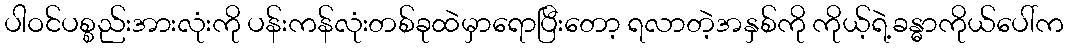
ပါဝင်ပစ္စည်းအားလုံးကို ပန်းကန်လုံးတစ်ခုထဲမှာရောပြီးတော့ ရလာတဲ့အနှစ်ကို ကိုယ့်ရဲ့ခန္ဓာကိုယ်ပေါ်က